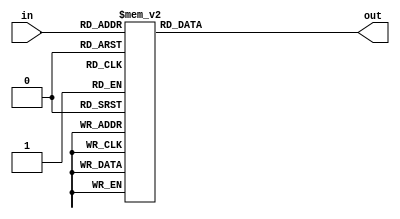
module display(in,out);
	input [3:0] in;
	output [7:0] out;
	reg [7:0] out;

	always @(in)
		case(in)
				  4'd0: out = ~7'b0111111;
                  4'd1: out = ~7'b0000110;                
				  4'd2: out = ~7'b1011011;
				  4'd3: out = ~7'b1001111;
                  4'd4: out = ~7'b1100110;
				  4'd5: out = ~7'b1101101;
                  4'd6: out = ~7'b1111101;
				  4'd7: out = ~7'b0000111;
				  4'd8: out = ~7'b1111111;
				  4'd9: out = ~7'b1101111;
                  default:out = ~7'b1111111;
		endcase
	
endmodule